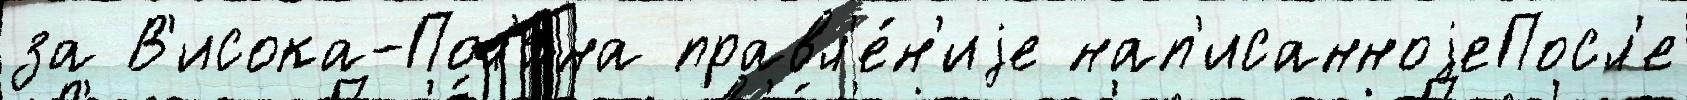
за В'исока-Пол'я́на правл'е́н'иjе нап'исанноjеПосл'е